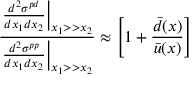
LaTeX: \frac { \left. \frac { d ^ { 2 } \sigma ^ { p d } } { d x _ { 1 } d x _ { 2 } } \right| _ { x _ { 1 } > > x _ { 2 } } } { \left. \frac { d ^ { 2 } \sigma ^ { p p } } { d x _ { 1 } d x _ { 2 } } \right| _ { x _ { 1 } > > x _ { 2 } } } \approx \left[ 1 + \frac { \bar { d } ( { x } ) } { \bar { u } ( { x } ) } \right]